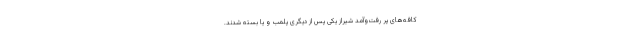
کافه‌های پر رفت‌‌وآمد شیراز یکی پس از دیگری پلمب و یا بسته شدند.